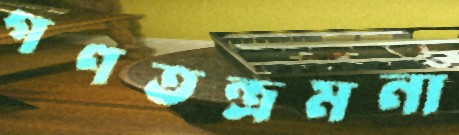
গণতন্ত্রমনা